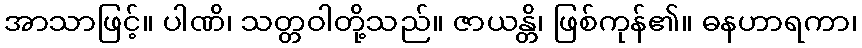
အာသာဖြင့်။ ပါဏိ၊ သတ္တဝါတို့သည်။ ဇာယန္တိ၊ ဖြစ်ကုန်၏။ ဓနဟာရကာ၊